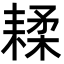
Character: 𦔇